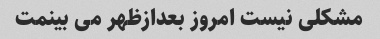
مشکلی نیست امروز بعدازظهر می بینمت